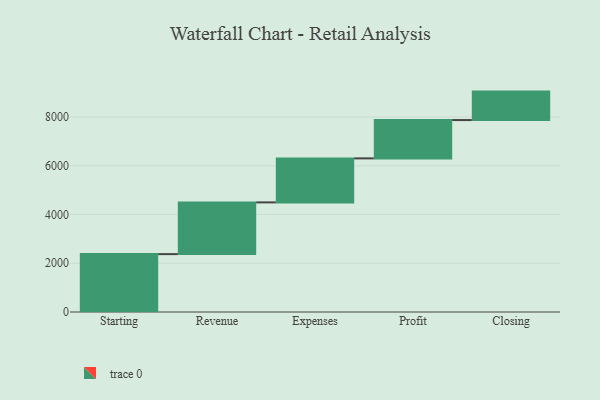
{"axis": {"x": "Step", "y": "Value"}, "legend": [""], "data": [{"x": "Starting", "y": 2374.0, "type": ""}, {"x": "Revenue", "y": 2122.0, "type": ""}, {"x": "Expenses", "y": 1805.0, "type": ""}, {"x": "Profit", "y": 1572.0, "type": ""}, {"x": "Closing", "y": 1167.0, "type": ""}]}